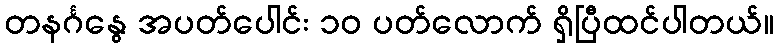
တနင်္ဂနွေ အပတ်ပေါင်း ၁၀ ပတ်လောက် ရှိပြီထင်ပါတယ်။